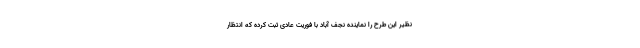
نظیر این طرح را نماینده نجف آباد با فوریت عادی ثبت کرده که انتظار